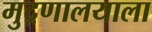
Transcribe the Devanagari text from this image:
मुद्रणालयाला